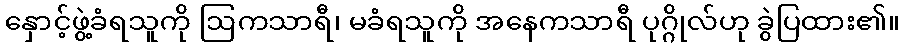
နှောင့်ဖွဲ့ခံရသူကို ဩကသာရီ၊ မခံရသူကို အနေကသာရီ ပုဂ္ဂိုလ်ဟု ခွဲပြထား၏။